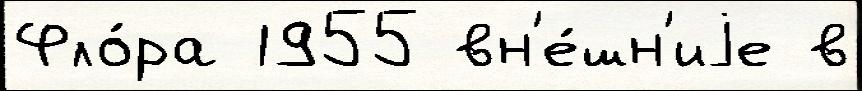
Фло́ра 1955 вн'е́шн'иjе в